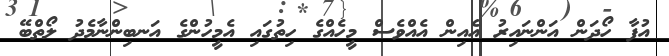
އުފާ ހޯދަން އަންނައިރު އެއިން އެއްވެސް މީހެއްގެ ހިތުގައި އެމީހުންގެ އަނބިންނާމެދު ލޯތްބޭ